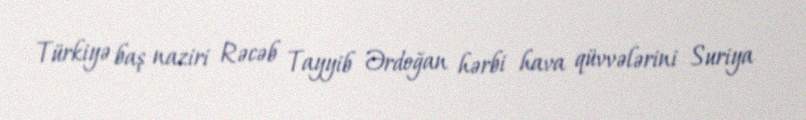
Türkiyə baş naziri Rəcəb Tayyib Ərdoğan hərbi hava qüvvələrini Suriya